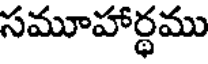
సమూహార్థము